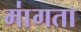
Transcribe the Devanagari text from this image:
मा॑गता